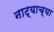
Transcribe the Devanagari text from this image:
नाट्याच्या